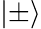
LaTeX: |\pm\rangle